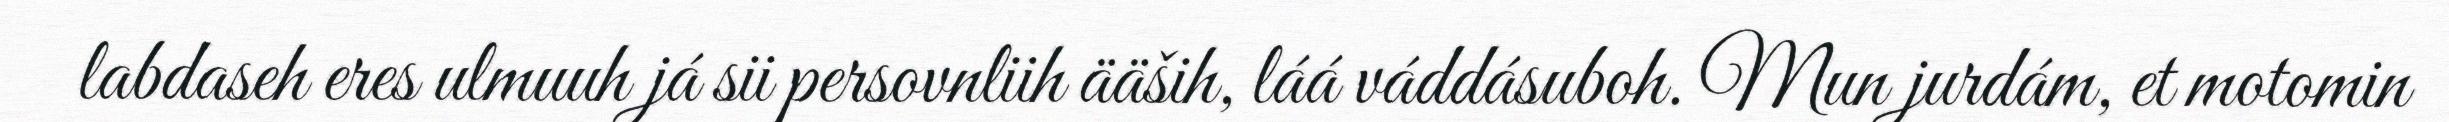
labdaseh eres ulmuuh já sii persovnliih ääših, láá váddásuboh. Mun jurdám, et motomin